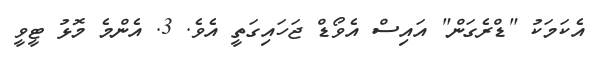
އެކަމަކު "ޑްރެގަން" އައިސް އެވޯޑް ޖަހައިގަތީ އެވެ. 3. އެންމެ މޮޅު ޓީވީ